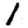
Digit: 1